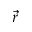
\vec { r }